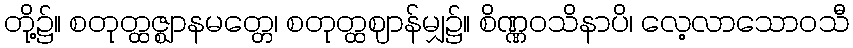
တို့၌။ စတုတ္ထဇ္ဈာနမတ္တေ၊ စတုတ္ထဈာန်မျှ၌။ စိဏ္ဏဝသိနာပိ၊ လေ့လာသောဝသီ